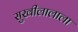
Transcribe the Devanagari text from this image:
सुखीलालाला